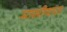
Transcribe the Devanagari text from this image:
मासीयात